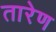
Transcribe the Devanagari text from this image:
तारेण